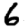
Digit: 6